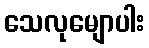
သေလုမျောပါး